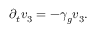
\partial _ { t } v _ { 3 } = - \gamma _ { g } v _ { 3 } .